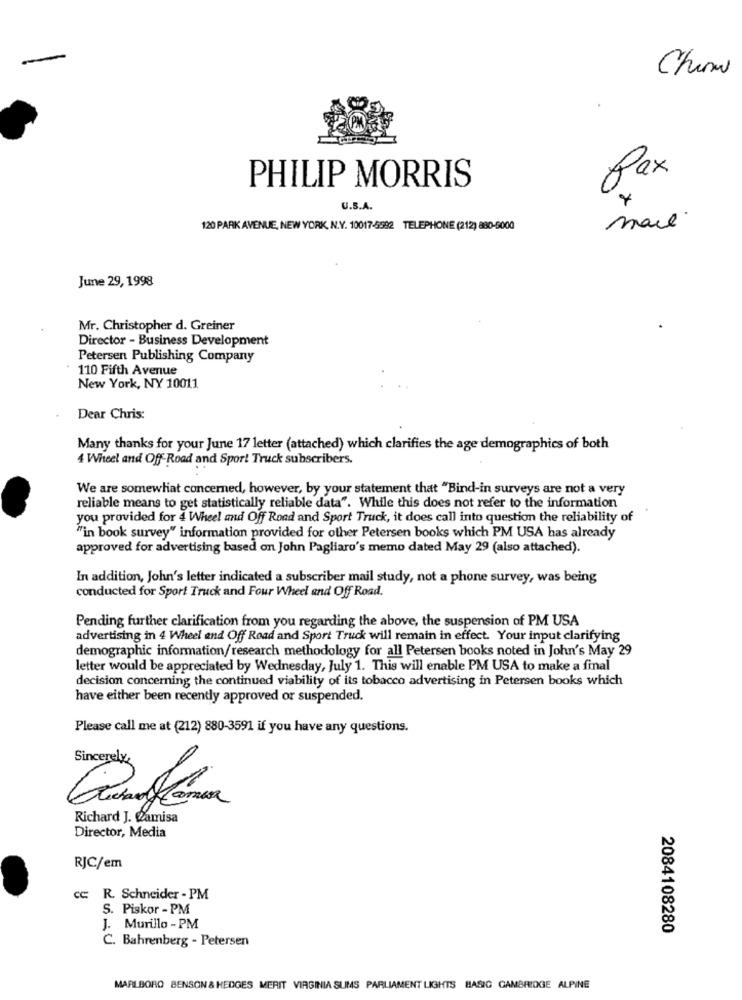
Chan
fax
PHILIP MORRIS
U.S.A.
mail.
120 PARK AVENUE, NEW YORK, N.Y. 10017-5592 TELEPHONE (212) 880-6000
June 29, 1998
Mr. Christopher d. Greiner
Director - Business Development
Petersen Publishing Company
110 Fifth Avenue
New York, NY 10011
Dear Chris:
Many thanks for your June 17 letter (attached) which clarifies the age demographics of both
4 Wheel and Off-Road and Spor! Truck subscribers.
We are somewhat concerned, however, by your statement that "Bind-in surveys are not a very
reliable means to get statistically reliable data". While this does not refer to the information
you provided for 4 Wheel and Off Road and Sport Truck, it does call into question the reliability of
"in book survey" information provided for other Petersen books which PM USA has already
approved for advertising based on John Pagliaro's memo dated May 29 (also attached).
In addition, John's letter indicated a subscriber mail study, not a phone survey, was being
conducted for Sport Truck and Four Wheel and Off Road.
Pending further clarification from you regarding the above, the suspension of PM USA
advertising in 4 Wheel and Off Road and Sport Truck will remain in effect. Your input clarifying
demographic information/research methodology for all Petersen books noted in John's May 29
letter would be appreciated by Wednesday, July 1. This will enable PM USA to make a final
decision concerning the continued viability of its tobacco advertising in Petersen books which
have either been recently approved or suspended.
Please call me at (212) 880-3591 if you have any questions.
Sincerely,
Richard J. Camisa
Director, Media
RJC/em
cc: R. Schneider - PM
S. Piskor - PM
J. Murillo - PM
2084108280
C. Bahrenberg - Petersen
MARLBORO BENSON & HEDGES MERIT VIRGINIA SUMS PARLIAMENT LIGHTS BASIC CAMBRIDGE ALPINE